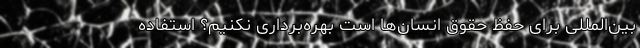
بین‌المللی برای حفظ حقوق انسان‌ها است بهره‌برداری نکنیم؟ استفاده